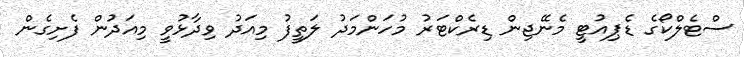
ސްޓެލްކޯގެ ޑެޕިއުޓީ މެނޭޖިން ޑިރެކްޓަރު މުހަންމަދު ލަތީފު މިއަދު ވިދާޅުވީ މިއަދުން ފެށިގެން